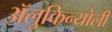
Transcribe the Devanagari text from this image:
ॲलुकिन्योली